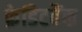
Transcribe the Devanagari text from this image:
क्रेडिटबैंक